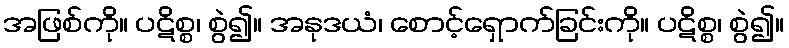
အဖြစ်ကို။ ပဋိစ္စ၊ စွဲ၍။ အနုဒယံ၊ စောင့်ရှောက်ခြင်းကို။ ပဋိစ္စ၊ စွဲ၍။